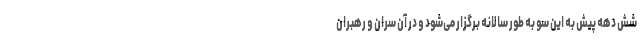
شش دهه پیش به این سو به طور سالانه برگزار می‌شود و در آن سران و رهبران